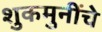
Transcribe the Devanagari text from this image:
शुकमुनींचे